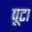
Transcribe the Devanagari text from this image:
पूटा